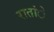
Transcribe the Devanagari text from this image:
रातांे